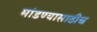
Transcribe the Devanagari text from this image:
मांडण्यासाठीच